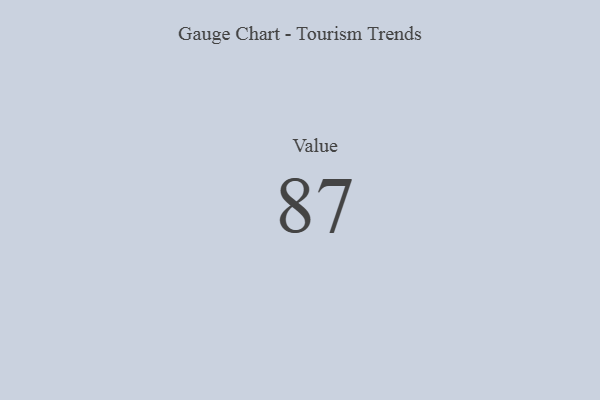
{"axis": {"x": "Metric", "y": "Value"}, "legend": [""], "data": [{"x": "Value", "y": 87, "type": ""}]}